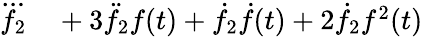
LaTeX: \begin{array}{rl}{\dddot{f_{2}}}&{{}+3\ddot{f}_{2}f(t)+\dot{f}_{2}\dot{f}(t)+2\dot{f}_{2}f^{2}(t)}\end{array}